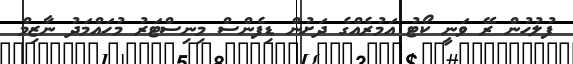
ފުލުހުން ރޭ ވަނީ ކޯޓު އަމުރެއްގެ ދަށުން ޑިފެންސް މިނިސްޓަރު މުހައްމަދު ނާޒިމް